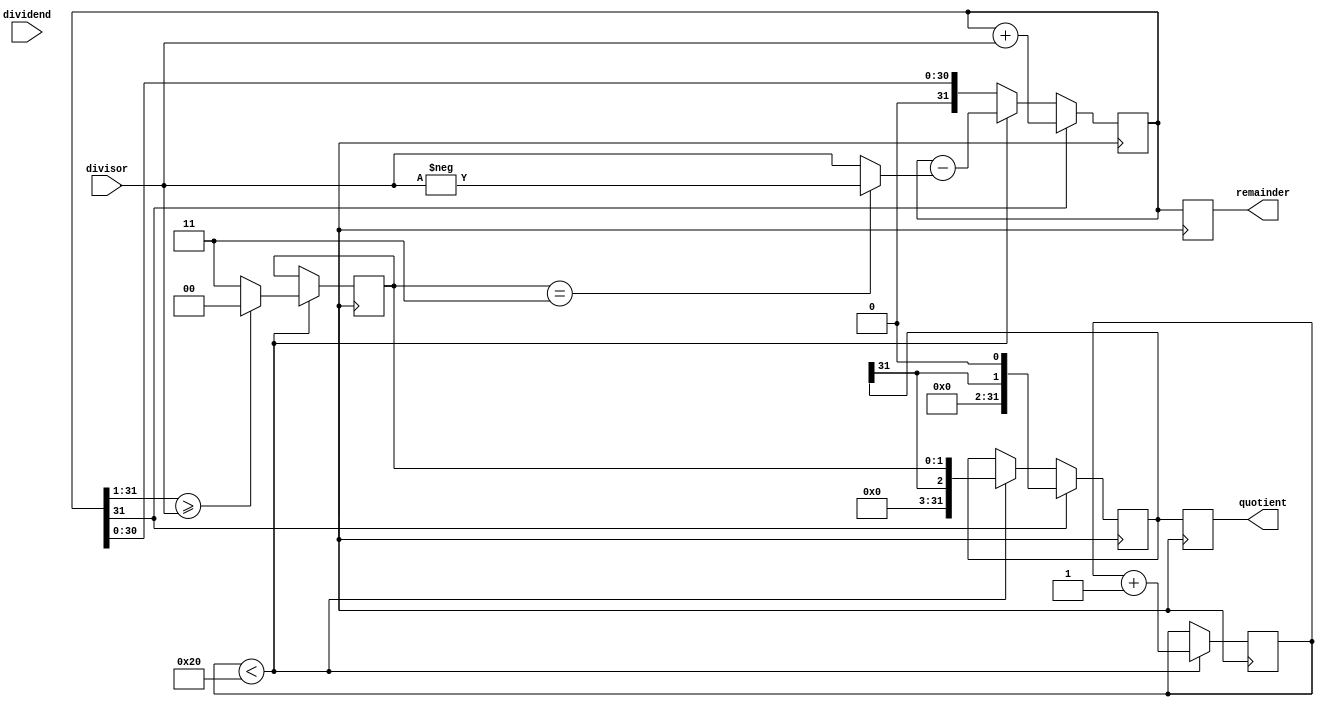
module NonRestoringDivider (
  input wire [31:0] dividend,
  input wire [31:0] divisor,
  output reg [31:0] quotient,
  output reg [31:0] remainder
);

  reg [31:0] A, Q;
  reg [4:0] count;
  reg [1:0] M;

  always @ (posedge clk) begin
    if (count < 32) begin
      A <= {A[31:1], dividend[31]};
      M <= A[31:1] >= divisor ? 2'b00 : 2'b11;
      A <= A - (M == 2'b11 ? -divisor : divisor);
      Q <= {Q[31], M};
      count <= count + 1;
    end

    if (A[31]) begin
      A <= A + divisor;
      Q <= {Q[31], 1'b0};
    end

    remainder <= A;
    quotient <= Q;
  end

endmodule